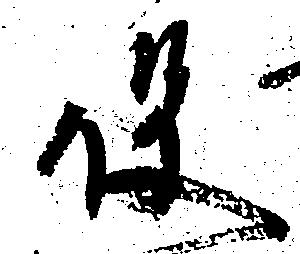
役